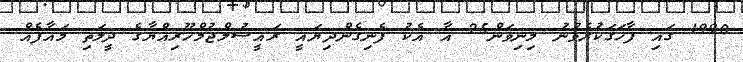
1990 ގައި ފާހަގަކުރެވުނު މިނިވަން25 އާ އެކު ފެނިގެންދިޔައީ ރައީސުލްޖުމްހޫރިއްޔާގެ ދީލަތި މައާފެއް